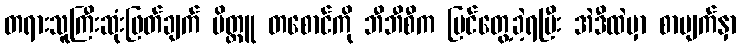
တရားသူကြီးဆုံးဖြတ်ချက် မိတ္တူ တစောင်ကို ဘီဘီစီက မြင်တွေ့ခဲ့ရပြီး အဲဒီထဲမှာ စာမျက်နှာ